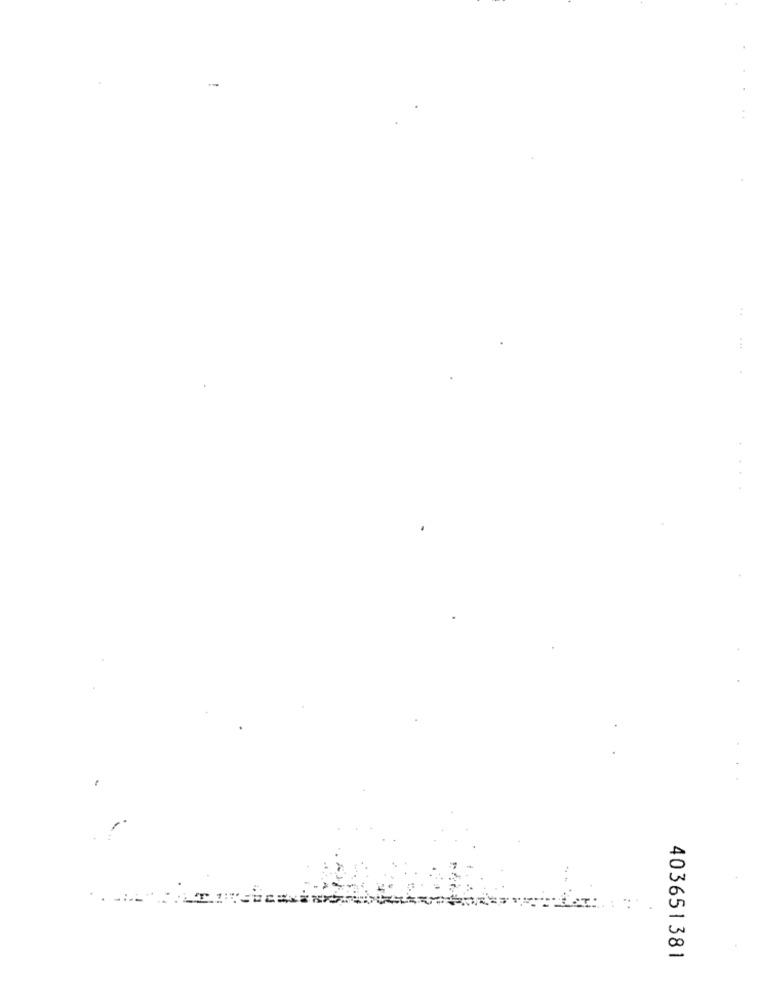
..
. ..
...:
403651381